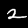
Digit: 2